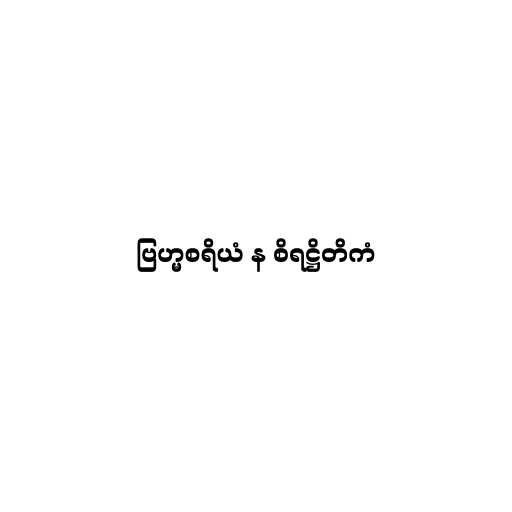
ဗြဟ္မစရိယံ န စိရဋ္ဌိတိကံ